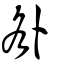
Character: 咎